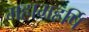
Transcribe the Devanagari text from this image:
महामहर्षि